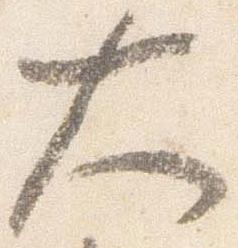
大